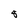
Character: 8